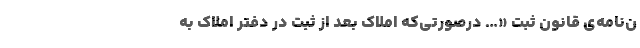
ن‌نامه‌ی قانون ثبت «… درصورتی‌که املاک بعد از ثبت در دفتر املاک به